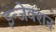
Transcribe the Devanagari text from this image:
इन्‍जेक्‍शन